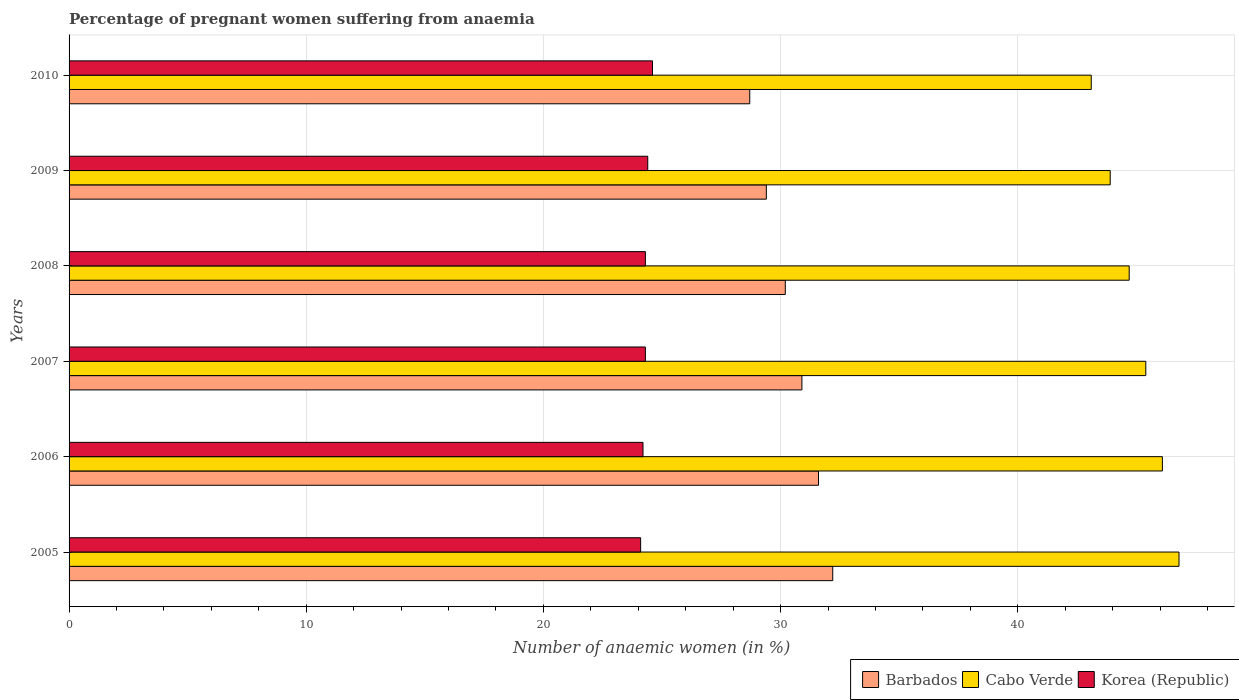
| Years | Barbados | Cabo Verde | Korea (Republic) |
 | --- | --- | --- | --- |
 | 2005 | 32.2 | 46.8 | 24.1 |
 | 2006 | 31.6 | 46.1 | 24.2 |
 | 2007 | 30.9 | 45.4 | 24.3 |
 | 2008 | 30.2 | 44.7 | 24.3 |
 | 2009 | 29.4 | 43.9 | 24.4 |
 | 2010 | 28.7 | 43.1 | 24.6 |